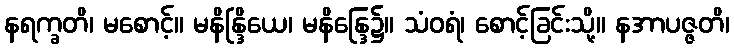
နရက္ခတိ၊ မစောင့်။ မနိန္ဒြိယေ၊ မနိန္ဒြေ၌။ သံဝရံ၊ စောင့်ခြင်းသို့။ နအာပဇ္ဇတိ၊